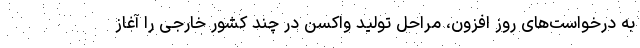
به درخواست‌های روز افزون، مراحل تولید واکسن در چند کشور خارجی را آغاز